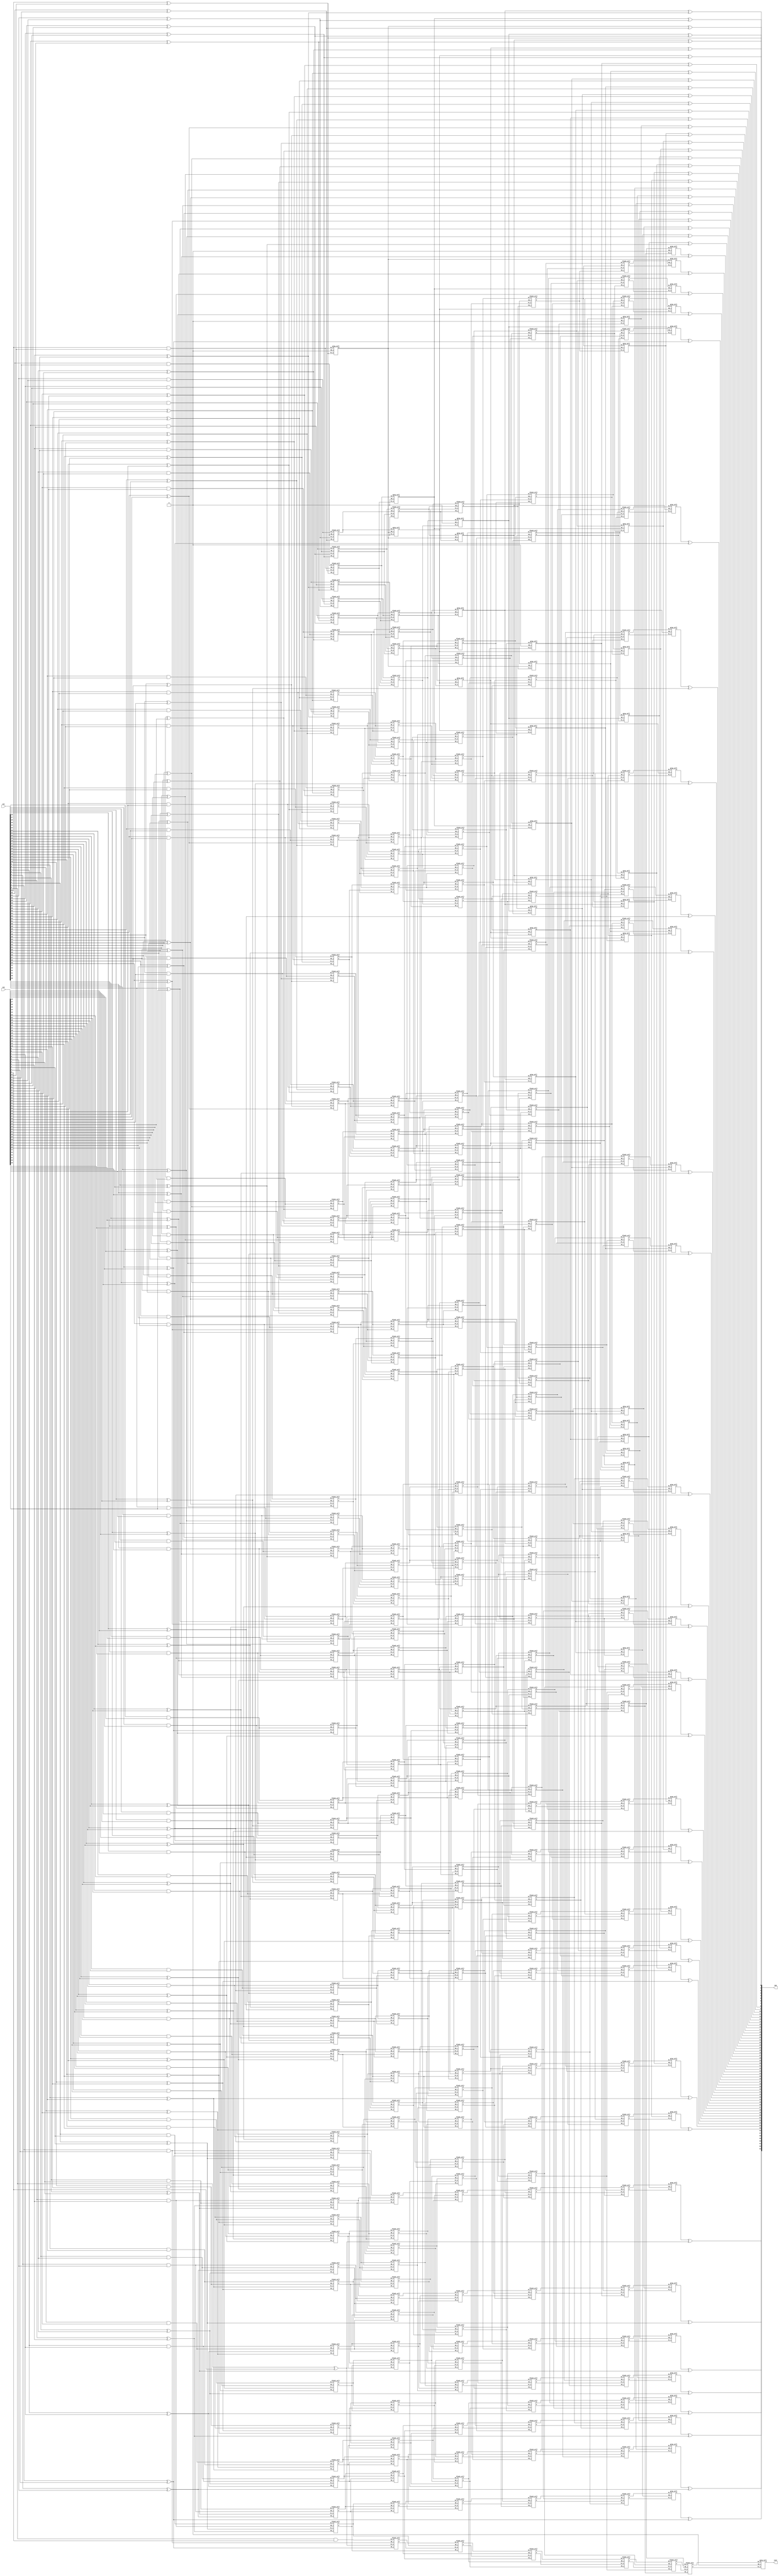
module kogge_stone_64(output [63:0] sum,
        output cout,
        input [63:0] in1,
        input [63:0] in2);

    /* 
     * Area: 3520.688503
     * Power: 1.1894mW
     * Timing: 0.68ns
     */

    assign cin = 0;
    wire[63:0] G_0;
    wire[63:0] P_0;
    wire[63:0] G_1;
    wire[63:0] P_1;
    wire[63:0] G_2;
    wire[63:0] P_2;
    wire[63:0] G_3;
    wire[63:0] P_3;
    wire[63:0] G_4;
    wire[63:0] P_4;
    wire[63:0] G_5;
    wire[63:0] P_5;
    wire[63:0] G_6;
    wire[63:0] P_6;
    wire[63:0] G_7;
    wire[63:0] P_7;

    assign G_0[0] = in1[63] & in2[63];
    assign P_0[0] = in1[63] ^ in2[63];
    assign G_0[1] = in1[62] & in2[62];
    assign P_0[1] = in1[62] ^ in2[62];
    assign G_0[2] = in1[61] & in2[61];
    assign P_0[2] = in1[61] ^ in2[61];
    assign G_0[3] = in1[60] & in2[60];
    assign P_0[3] = in1[60] ^ in2[60];
    assign G_0[4] = in1[59] & in2[59];
    assign P_0[4] = in1[59] ^ in2[59];
    assign G_0[5] = in1[58] & in2[58];
    assign P_0[5] = in1[58] ^ in2[58];
    assign G_0[6] = in1[57] & in2[57];
    assign P_0[6] = in1[57] ^ in2[57];
    assign G_0[7] = in1[56] & in2[56];
    assign P_0[7] = in1[56] ^ in2[56];
    assign G_0[8] = in1[55] & in2[55];
    assign P_0[8] = in1[55] ^ in2[55];
    assign G_0[9] = in1[54] & in2[54];
    assign P_0[9] = in1[54] ^ in2[54];
    assign G_0[10] = in1[53] & in2[53];
    assign P_0[10] = in1[53] ^ in2[53];
    assign G_0[11] = in1[52] & in2[52];
    assign P_0[11] = in1[52] ^ in2[52];
    assign G_0[12] = in1[51] & in2[51];
    assign P_0[12] = in1[51] ^ in2[51];
    assign G_0[13] = in1[50] & in2[50];
    assign P_0[13] = in1[50] ^ in2[50];
    assign G_0[14] = in1[49] & in2[49];
    assign P_0[14] = in1[49] ^ in2[49];
    assign G_0[15] = in1[48] & in2[48];
    assign P_0[15] = in1[48] ^ in2[48];
    assign G_0[16] = in1[47] & in2[47];
    assign P_0[16] = in1[47] ^ in2[47];
    assign G_0[17] = in1[46] & in2[46];
    assign P_0[17] = in1[46] ^ in2[46];
    assign G_0[18] = in1[45] & in2[45];
    assign P_0[18] = in1[45] ^ in2[45];
    assign G_0[19] = in1[44] & in2[44];
    assign P_0[19] = in1[44] ^ in2[44];
    assign G_0[20] = in1[43] & in2[43];
    assign P_0[20] = in1[43] ^ in2[43];
    assign G_0[21] = in1[42] & in2[42];
    assign P_0[21] = in1[42] ^ in2[42];
    assign G_0[22] = in1[41] & in2[41];
    assign P_0[22] = in1[41] ^ in2[41];
    assign G_0[23] = in1[40] & in2[40];
    assign P_0[23] = in1[40] ^ in2[40];
    assign G_0[24] = in1[39] & in2[39];
    assign P_0[24] = in1[39] ^ in2[39];
    assign G_0[25] = in1[38] & in2[38];
    assign P_0[25] = in1[38] ^ in2[38];
    assign G_0[26] = in1[37] & in2[37];
    assign P_0[26] = in1[37] ^ in2[37];
    assign G_0[27] = in1[36] & in2[36];
    assign P_0[27] = in1[36] ^ in2[36];
    assign G_0[28] = in1[35] & in2[35];
    assign P_0[28] = in1[35] ^ in2[35];
    assign G_0[29] = in1[34] & in2[34];
    assign P_0[29] = in1[34] ^ in2[34];
    assign G_0[30] = in1[33] & in2[33];
    assign P_0[30] = in1[33] ^ in2[33];
    assign G_0[31] = in1[32] & in2[32];
    assign P_0[31] = in1[32] ^ in2[32];
    assign G_0[32] = in1[31] & in2[31];
    assign P_0[32] = in1[31] ^ in2[31];
    assign G_0[33] = in1[30] & in2[30];
    assign P_0[33] = in1[30] ^ in2[30];
    assign G_0[34] = in1[29] & in2[29];
    assign P_0[34] = in1[29] ^ in2[29];
    assign G_0[35] = in1[28] & in2[28];
    assign P_0[35] = in1[28] ^ in2[28];
    assign G_0[36] = in1[27] & in2[27];
    assign P_0[36] = in1[27] ^ in2[27];
    assign G_0[37] = in1[26] & in2[26];
    assign P_0[37] = in1[26] ^ in2[26];
    assign G_0[38] = in1[25] & in2[25];
    assign P_0[38] = in1[25] ^ in2[25];
    assign G_0[39] = in1[24] & in2[24];
    assign P_0[39] = in1[24] ^ in2[24];
    assign G_0[40] = in1[23] & in2[23];
    assign P_0[40] = in1[23] ^ in2[23];
    assign G_0[41] = in1[22] & in2[22];
    assign P_0[41] = in1[22] ^ in2[22];
    assign G_0[42] = in1[21] & in2[21];
    assign P_0[42] = in1[21] ^ in2[21];
    assign G_0[43] = in1[20] & in2[20];
    assign P_0[43] = in1[20] ^ in2[20];
    assign G_0[44] = in1[19] & in2[19];
    assign P_0[44] = in1[19] ^ in2[19];
    assign G_0[45] = in1[18] & in2[18];
    assign P_0[45] = in1[18] ^ in2[18];
    assign G_0[46] = in1[17] & in2[17];
    assign P_0[46] = in1[17] ^ in2[17];
    assign G_0[47] = in1[16] & in2[16];
    assign P_0[47] = in1[16] ^ in2[16];
    assign G_0[48] = in1[15] & in2[15];
    assign P_0[48] = in1[15] ^ in2[15];
    assign G_0[49] = in1[14] & in2[14];
    assign P_0[49] = in1[14] ^ in2[14];
    assign G_0[50] = in1[13] & in2[13];
    assign P_0[50] = in1[13] ^ in2[13];
    assign G_0[51] = in1[12] & in2[12];
    assign P_0[51] = in1[12] ^ in2[12];
    assign G_0[52] = in1[11] & in2[11];
    assign P_0[52] = in1[11] ^ in2[11];
    assign G_0[53] = in1[10] & in2[10];
    assign P_0[53] = in1[10] ^ in2[10];
    assign G_0[54] = in1[9] & in2[9];
    assign P_0[54] = in1[9] ^ in2[9];
    assign G_0[55] = in1[8] & in2[8];
    assign P_0[55] = in1[8] ^ in2[8];
    assign G_0[56] = in1[7] & in2[7];
    assign P_0[56] = in1[7] ^ in2[7];
    assign G_0[57] = in1[6] & in2[6];
    assign P_0[57] = in1[6] ^ in2[6];
    assign G_0[58] = in1[5] & in2[5];
    assign P_0[58] = in1[5] ^ in2[5];
    assign G_0[59] = in1[4] & in2[4];
    assign P_0[59] = in1[4] ^ in2[4];
    assign G_0[60] = in1[3] & in2[3];
    assign P_0[60] = in1[3] ^ in2[3];
    assign G_0[61] = in1[2] & in2[2];
    assign P_0[61] = in1[2] ^ in2[2];
    assign G_0[62] = in1[1] & in2[1];
    assign P_0[62] = in1[1] ^ in2[1];
    assign G_0[63] = in1[0] & in2[0];
    assign P_0[63] = in1[0] ^ in2[0];



    /*Stage 1*/
    gray_cell level_1_0(cin, P_0[0], G_0[0], G_1[0]);
    black_cell level_0_1(G_0[0], P_0[1], G_0[1], P_0[0], G_1[1], P_1[1]);
    black_cell level_0_2(G_0[1], P_0[2], G_0[2], P_0[1], G_1[2], P_1[2]);
    black_cell level_0_3(G_0[2], P_0[3], G_0[3], P_0[2], G_1[3], P_1[3]);
    black_cell level_0_4(G_0[3], P_0[4], G_0[4], P_0[3], G_1[4], P_1[4]);
    black_cell level_0_5(G_0[4], P_0[5], G_0[5], P_0[4], G_1[5], P_1[5]);
    black_cell level_0_6(G_0[5], P_0[6], G_0[6], P_0[5], G_1[6], P_1[6]);
    black_cell level_0_7(G_0[6], P_0[7], G_0[7], P_0[6], G_1[7], P_1[7]);
    black_cell level_0_8(G_0[7], P_0[8], G_0[8], P_0[7], G_1[8], P_1[8]);
    black_cell level_0_9(G_0[8], P_0[9], G_0[9], P_0[8], G_1[9], P_1[9]);
    black_cell level_0_10(G_0[9], P_0[10], G_0[10], P_0[9], G_1[10], P_1[10]);
    black_cell level_0_11(G_0[10], P_0[11], G_0[11], P_0[10], G_1[11], P_1[11]);
    black_cell level_0_12(G_0[11], P_0[12], G_0[12], P_0[11], G_1[12], P_1[12]);
    black_cell level_0_13(G_0[12], P_0[13], G_0[13], P_0[12], G_1[13], P_1[13]);
    black_cell level_0_14(G_0[13], P_0[14], G_0[14], P_0[13], G_1[14], P_1[14]);
    black_cell level_0_15(G_0[14], P_0[15], G_0[15], P_0[14], G_1[15], P_1[15]);
    black_cell level_0_16(G_0[15], P_0[16], G_0[16], P_0[15], G_1[16], P_1[16]);
    black_cell level_0_17(G_0[16], P_0[17], G_0[17], P_0[16], G_1[17], P_1[17]);
    black_cell level_0_18(G_0[17], P_0[18], G_0[18], P_0[17], G_1[18], P_1[18]);
    black_cell level_0_19(G_0[18], P_0[19], G_0[19], P_0[18], G_1[19], P_1[19]);
    black_cell level_0_20(G_0[19], P_0[20], G_0[20], P_0[19], G_1[20], P_1[20]);
    black_cell level_0_21(G_0[20], P_0[21], G_0[21], P_0[20], G_1[21], P_1[21]);
    black_cell level_0_22(G_0[21], P_0[22], G_0[22], P_0[21], G_1[22], P_1[22]);
    black_cell level_0_23(G_0[22], P_0[23], G_0[23], P_0[22], G_1[23], P_1[23]);
    black_cell level_0_24(G_0[23], P_0[24], G_0[24], P_0[23], G_1[24], P_1[24]);
    black_cell level_0_25(G_0[24], P_0[25], G_0[25], P_0[24], G_1[25], P_1[25]);
    black_cell level_0_26(G_0[25], P_0[26], G_0[26], P_0[25], G_1[26], P_1[26]);
    black_cell level_0_27(G_0[26], P_0[27], G_0[27], P_0[26], G_1[27], P_1[27]);
    black_cell level_0_28(G_0[27], P_0[28], G_0[28], P_0[27], G_1[28], P_1[28]);
    black_cell level_0_29(G_0[28], P_0[29], G_0[29], P_0[28], G_1[29], P_1[29]);
    black_cell level_0_30(G_0[29], P_0[30], G_0[30], P_0[29], G_1[30], P_1[30]);
    black_cell level_0_31(G_0[30], P_0[31], G_0[31], P_0[30], G_1[31], P_1[31]);
    black_cell level_0_32(G_0[31], P_0[32], G_0[32], P_0[31], G_1[32], P_1[32]);
    black_cell level_0_33(G_0[32], P_0[33], G_0[33], P_0[32], G_1[33], P_1[33]);
    black_cell level_0_34(G_0[33], P_0[34], G_0[34], P_0[33], G_1[34], P_1[34]);
    black_cell level_0_35(G_0[34], P_0[35], G_0[35], P_0[34], G_1[35], P_1[35]);
    black_cell level_0_36(G_0[35], P_0[36], G_0[36], P_0[35], G_1[36], P_1[36]);
    black_cell level_0_37(G_0[36], P_0[37], G_0[37], P_0[36], G_1[37], P_1[37]);
    black_cell level_0_38(G_0[37], P_0[38], G_0[38], P_0[37], G_1[38], P_1[38]);
    black_cell level_0_39(G_0[38], P_0[39], G_0[39], P_0[38], G_1[39], P_1[39]);
    black_cell level_0_40(G_0[39], P_0[40], G_0[40], P_0[39], G_1[40], P_1[40]);
    black_cell level_0_41(G_0[40], P_0[41], G_0[41], P_0[40], G_1[41], P_1[41]);
    black_cell level_0_42(G_0[41], P_0[42], G_0[42], P_0[41], G_1[42], P_1[42]);
    black_cell level_0_43(G_0[42], P_0[43], G_0[43], P_0[42], G_1[43], P_1[43]);
    black_cell level_0_44(G_0[43], P_0[44], G_0[44], P_0[43], G_1[44], P_1[44]);
    black_cell level_0_45(G_0[44], P_0[45], G_0[45], P_0[44], G_1[45], P_1[45]);
    black_cell level_0_46(G_0[45], P_0[46], G_0[46], P_0[45], G_1[46], P_1[46]);
    black_cell level_0_47(G_0[46], P_0[47], G_0[47], P_0[46], G_1[47], P_1[47]);
    black_cell level_0_48(G_0[47], P_0[48], G_0[48], P_0[47], G_1[48], P_1[48]);
    black_cell level_0_49(G_0[48], P_0[49], G_0[49], P_0[48], G_1[49], P_1[49]);
    black_cell level_0_50(G_0[49], P_0[50], G_0[50], P_0[49], G_1[50], P_1[50]);
    black_cell level_0_51(G_0[50], P_0[51], G_0[51], P_0[50], G_1[51], P_1[51]);
    black_cell level_0_52(G_0[51], P_0[52], G_0[52], P_0[51], G_1[52], P_1[52]);
    black_cell level_0_53(G_0[52], P_0[53], G_0[53], P_0[52], G_1[53], P_1[53]);
    black_cell level_0_54(G_0[53], P_0[54], G_0[54], P_0[53], G_1[54], P_1[54]);
    black_cell level_0_55(G_0[54], P_0[55], G_0[55], P_0[54], G_1[55], P_1[55]);
    black_cell level_0_56(G_0[55], P_0[56], G_0[56], P_0[55], G_1[56], P_1[56]);
    black_cell level_0_57(G_0[56], P_0[57], G_0[57], P_0[56], G_1[57], P_1[57]);
    black_cell level_0_58(G_0[57], P_0[58], G_0[58], P_0[57], G_1[58], P_1[58]);
    black_cell level_0_59(G_0[58], P_0[59], G_0[59], P_0[58], G_1[59], P_1[59]);
    black_cell level_0_60(G_0[59], P_0[60], G_0[60], P_0[59], G_1[60], P_1[60]);
    black_cell level_0_61(G_0[60], P_0[61], G_0[61], P_0[60], G_1[61], P_1[61]);
    black_cell level_0_62(G_0[61], P_0[62], G_0[62], P_0[61], G_1[62], P_1[62]);
    black_cell level_0_63(G_0[62], P_0[63], G_0[63], P_0[62], G_1[63], P_1[63]);

    /*Stage 2*/
    gray_cell level_2_1(cin, P_1[1], G_1[1], G_2[1]);
    gray_cell level_2_2(G_1[0], P_1[2], G_1[2], G_2[2]);
    black_cell level_1_3(G_1[1], P_1[3], G_1[3], P_1[1], G_2[3], P_2[3]);
    black_cell level_1_4(G_1[2], P_1[4], G_1[4], P_1[2], G_2[4], P_2[4]);
    black_cell level_1_5(G_1[3], P_1[5], G_1[5], P_1[3], G_2[5], P_2[5]);
    black_cell level_1_6(G_1[4], P_1[6], G_1[6], P_1[4], G_2[6], P_2[6]);
    black_cell level_1_7(G_1[5], P_1[7], G_1[7], P_1[5], G_2[7], P_2[7]);
    black_cell level_1_8(G_1[6], P_1[8], G_1[8], P_1[6], G_2[8], P_2[8]);
    black_cell level_1_9(G_1[7], P_1[9], G_1[9], P_1[7], G_2[9], P_2[9]);
    black_cell level_1_10(G_1[8], P_1[10], G_1[10], P_1[8], G_2[10], P_2[10]);
    black_cell level_1_11(G_1[9], P_1[11], G_1[11], P_1[9], G_2[11], P_2[11]);
    black_cell level_1_12(G_1[10], P_1[12], G_1[12], P_1[10], G_2[12], P_2[12]);
    black_cell level_1_13(G_1[11], P_1[13], G_1[13], P_1[11], G_2[13], P_2[13]);
    black_cell level_1_14(G_1[12], P_1[14], G_1[14], P_1[12], G_2[14], P_2[14]);
    black_cell level_1_15(G_1[13], P_1[15], G_1[15], P_1[13], G_2[15], P_2[15]);
    black_cell level_1_16(G_1[14], P_1[16], G_1[16], P_1[14], G_2[16], P_2[16]);
    black_cell level_1_17(G_1[15], P_1[17], G_1[17], P_1[15], G_2[17], P_2[17]);
    black_cell level_1_18(G_1[16], P_1[18], G_1[18], P_1[16], G_2[18], P_2[18]);
    black_cell level_1_19(G_1[17], P_1[19], G_1[19], P_1[17], G_2[19], P_2[19]);
    black_cell level_1_20(G_1[18], P_1[20], G_1[20], P_1[18], G_2[20], P_2[20]);
    black_cell level_1_21(G_1[19], P_1[21], G_1[21], P_1[19], G_2[21], P_2[21]);
    black_cell level_1_22(G_1[20], P_1[22], G_1[22], P_1[20], G_2[22], P_2[22]);
    black_cell level_1_23(G_1[21], P_1[23], G_1[23], P_1[21], G_2[23], P_2[23]);
    black_cell level_1_24(G_1[22], P_1[24], G_1[24], P_1[22], G_2[24], P_2[24]);
    black_cell level_1_25(G_1[23], P_1[25], G_1[25], P_1[23], G_2[25], P_2[25]);
    black_cell level_1_26(G_1[24], P_1[26], G_1[26], P_1[24], G_2[26], P_2[26]);
    black_cell level_1_27(G_1[25], P_1[27], G_1[27], P_1[25], G_2[27], P_2[27]);
    black_cell level_1_28(G_1[26], P_1[28], G_1[28], P_1[26], G_2[28], P_2[28]);
    black_cell level_1_29(G_1[27], P_1[29], G_1[29], P_1[27], G_2[29], P_2[29]);
    black_cell level_1_30(G_1[28], P_1[30], G_1[30], P_1[28], G_2[30], P_2[30]);
    black_cell level_1_31(G_1[29], P_1[31], G_1[31], P_1[29], G_2[31], P_2[31]);
    black_cell level_1_32(G_1[30], P_1[32], G_1[32], P_1[30], G_2[32], P_2[32]);
    black_cell level_1_33(G_1[31], P_1[33], G_1[33], P_1[31], G_2[33], P_2[33]);
    black_cell level_1_34(G_1[32], P_1[34], G_1[34], P_1[32], G_2[34], P_2[34]);
    black_cell level_1_35(G_1[33], P_1[35], G_1[35], P_1[33], G_2[35], P_2[35]);
    black_cell level_1_36(G_1[34], P_1[36], G_1[36], P_1[34], G_2[36], P_2[36]);
    black_cell level_1_37(G_1[35], P_1[37], G_1[37], P_1[35], G_2[37], P_2[37]);
    black_cell level_1_38(G_1[36], P_1[38], G_1[38], P_1[36], G_2[38], P_2[38]);
    black_cell level_1_39(G_1[37], P_1[39], G_1[39], P_1[37], G_2[39], P_2[39]);
    black_cell level_1_40(G_1[38], P_1[40], G_1[40], P_1[38], G_2[40], P_2[40]);
    black_cell level_1_41(G_1[39], P_1[41], G_1[41], P_1[39], G_2[41], P_2[41]);
    black_cell level_1_42(G_1[40], P_1[42], G_1[42], P_1[40], G_2[42], P_2[42]);
    black_cell level_1_43(G_1[41], P_1[43], G_1[43], P_1[41], G_2[43], P_2[43]);
    black_cell level_1_44(G_1[42], P_1[44], G_1[44], P_1[42], G_2[44], P_2[44]);
    black_cell level_1_45(G_1[43], P_1[45], G_1[45], P_1[43], G_2[45], P_2[45]);
    black_cell level_1_46(G_1[44], P_1[46], G_1[46], P_1[44], G_2[46], P_2[46]);
    black_cell level_1_47(G_1[45], P_1[47], G_1[47], P_1[45], G_2[47], P_2[47]);
    black_cell level_1_48(G_1[46], P_1[48], G_1[48], P_1[46], G_2[48], P_2[48]);
    black_cell level_1_49(G_1[47], P_1[49], G_1[49], P_1[47], G_2[49], P_2[49]);
    black_cell level_1_50(G_1[48], P_1[50], G_1[50], P_1[48], G_2[50], P_2[50]);
    black_cell level_1_51(G_1[49], P_1[51], G_1[51], P_1[49], G_2[51], P_2[51]);
    black_cell level_1_52(G_1[50], P_1[52], G_1[52], P_1[50], G_2[52], P_2[52]);
    black_cell level_1_53(G_1[51], P_1[53], G_1[53], P_1[51], G_2[53], P_2[53]);
    black_cell level_1_54(G_1[52], P_1[54], G_1[54], P_1[52], G_2[54], P_2[54]);
    black_cell level_1_55(G_1[53], P_1[55], G_1[55], P_1[53], G_2[55], P_2[55]);
    black_cell level_1_56(G_1[54], P_1[56], G_1[56], P_1[54], G_2[56], P_2[56]);
    black_cell level_1_57(G_1[55], P_1[57], G_1[57], P_1[55], G_2[57], P_2[57]);
    black_cell level_1_58(G_1[56], P_1[58], G_1[58], P_1[56], G_2[58], P_2[58]);
    black_cell level_1_59(G_1[57], P_1[59], G_1[59], P_1[57], G_2[59], P_2[59]);
    black_cell level_1_60(G_1[58], P_1[60], G_1[60], P_1[58], G_2[60], P_2[60]);
    black_cell level_1_61(G_1[59], P_1[61], G_1[61], P_1[59], G_2[61], P_2[61]);
    black_cell level_1_62(G_1[60], P_1[62], G_1[62], P_1[60], G_2[62], P_2[62]);
    black_cell level_1_63(G_1[61], P_1[63], G_1[63], P_1[61], G_2[63], P_2[63]);

    /*Stage 3*/
    gray_cell level_3_3(cin, P_2[3], G_2[3], G_3[3]);
    gray_cell level_3_4(G_1[0], P_2[4], G_2[4], G_3[4]);
    gray_cell level_3_5(G_2[1], P_2[5], G_2[5], G_3[5]);
    gray_cell level_3_6(G_2[2], P_2[6], G_2[6], G_3[6]);
    black_cell level_2_7(G_2[3], P_2[7], G_2[7], P_2[3], G_3[7], P_3[7]);
    black_cell level_2_8(G_2[4], P_2[8], G_2[8], P_2[4], G_3[8], P_3[8]);
    black_cell level_2_9(G_2[5], P_2[9], G_2[9], P_2[5], G_3[9], P_3[9]);
    black_cell level_2_10(G_2[6], P_2[10], G_2[10], P_2[6], G_3[10], P_3[10]);
    black_cell level_2_11(G_2[7], P_2[11], G_2[11], P_2[7], G_3[11], P_3[11]);
    black_cell level_2_12(G_2[8], P_2[12], G_2[12], P_2[8], G_3[12], P_3[12]);
    black_cell level_2_13(G_2[9], P_2[13], G_2[13], P_2[9], G_3[13], P_3[13]);
    black_cell level_2_14(G_2[10], P_2[14], G_2[14], P_2[10], G_3[14], P_3[14]);
    black_cell level_2_15(G_2[11], P_2[15], G_2[15], P_2[11], G_3[15], P_3[15]);
    black_cell level_2_16(G_2[12], P_2[16], G_2[16], P_2[12], G_3[16], P_3[16]);
    black_cell level_2_17(G_2[13], P_2[17], G_2[17], P_2[13], G_3[17], P_3[17]);
    black_cell level_2_18(G_2[14], P_2[18], G_2[18], P_2[14], G_3[18], P_3[18]);
    black_cell level_2_19(G_2[15], P_2[19], G_2[19], P_2[15], G_3[19], P_3[19]);
    black_cell level_2_20(G_2[16], P_2[20], G_2[20], P_2[16], G_3[20], P_3[20]);
    black_cell level_2_21(G_2[17], P_2[21], G_2[21], P_2[17], G_3[21], P_3[21]);
    black_cell level_2_22(G_2[18], P_2[22], G_2[22], P_2[18], G_3[22], P_3[22]);
    black_cell level_2_23(G_2[19], P_2[23], G_2[23], P_2[19], G_3[23], P_3[23]);
    black_cell level_2_24(G_2[20], P_2[24], G_2[24], P_2[20], G_3[24], P_3[24]);
    black_cell level_2_25(G_2[21], P_2[25], G_2[25], P_2[21], G_3[25], P_3[25]);
    black_cell level_2_26(G_2[22], P_2[26], G_2[26], P_2[22], G_3[26], P_3[26]);
    black_cell level_2_27(G_2[23], P_2[27], G_2[27], P_2[23], G_3[27], P_3[27]);
    black_cell level_2_28(G_2[24], P_2[28], G_2[28], P_2[24], G_3[28], P_3[28]);
    black_cell level_2_29(G_2[25], P_2[29], G_2[29], P_2[25], G_3[29], P_3[29]);
    black_cell level_2_30(G_2[26], P_2[30], G_2[30], P_2[26], G_3[30], P_3[30]);
    black_cell level_2_31(G_2[27], P_2[31], G_2[31], P_2[27], G_3[31], P_3[31]);
    black_cell level_2_32(G_2[28], P_2[32], G_2[32], P_2[28], G_3[32], P_3[32]);
    black_cell level_2_33(G_2[29], P_2[33], G_2[33], P_2[29], G_3[33], P_3[33]);
    black_cell level_2_34(G_2[30], P_2[34], G_2[34], P_2[30], G_3[34], P_3[34]);
    black_cell level_2_35(G_2[31], P_2[35], G_2[35], P_2[31], G_3[35], P_3[35]);
    black_cell level_2_36(G_2[32], P_2[36], G_2[36], P_2[32], G_3[36], P_3[36]);
    black_cell level_2_37(G_2[33], P_2[37], G_2[37], P_2[33], G_3[37], P_3[37]);
    black_cell level_2_38(G_2[34], P_2[38], G_2[38], P_2[34], G_3[38], P_3[38]);
    black_cell level_2_39(G_2[35], P_2[39], G_2[39], P_2[35], G_3[39], P_3[39]);
    black_cell level_2_40(G_2[36], P_2[40], G_2[40], P_2[36], G_3[40], P_3[40]);
    black_cell level_2_41(G_2[37], P_2[41], G_2[41], P_2[37], G_3[41], P_3[41]);
    black_cell level_2_42(G_2[38], P_2[42], G_2[42], P_2[38], G_3[42], P_3[42]);
    black_cell level_2_43(G_2[39], P_2[43], G_2[43], P_2[39], G_3[43], P_3[43]);
    black_cell level_2_44(G_2[40], P_2[44], G_2[44], P_2[40], G_3[44], P_3[44]);
    black_cell level_2_45(G_2[41], P_2[45], G_2[45], P_2[41], G_3[45], P_3[45]);
    black_cell level_2_46(G_2[42], P_2[46], G_2[46], P_2[42], G_3[46], P_3[46]);
    black_cell level_2_47(G_2[43], P_2[47], G_2[47], P_2[43], G_3[47], P_3[47]);
    black_cell level_2_48(G_2[44], P_2[48], G_2[48], P_2[44], G_3[48], P_3[48]);
    black_cell level_2_49(G_2[45], P_2[49], G_2[49], P_2[45], G_3[49], P_3[49]);
    black_cell level_2_50(G_2[46], P_2[50], G_2[50], P_2[46], G_3[50], P_3[50]);
    black_cell level_2_51(G_2[47], P_2[51], G_2[51], P_2[47], G_3[51], P_3[51]);
    black_cell level_2_52(G_2[48], P_2[52], G_2[52], P_2[48], G_3[52], P_3[52]);
    black_cell level_2_53(G_2[49], P_2[53], G_2[53], P_2[49], G_3[53], P_3[53]);
    black_cell level_2_54(G_2[50], P_2[54], G_2[54], P_2[50], G_3[54], P_3[54]);
    black_cell level_2_55(G_2[51], P_2[55], G_2[55], P_2[51], G_3[55], P_3[55]);
    black_cell level_2_56(G_2[52], P_2[56], G_2[56], P_2[52], G_3[56], P_3[56]);
    black_cell level_2_57(G_2[53], P_2[57], G_2[57], P_2[53], G_3[57], P_3[57]);
    black_cell level_2_58(G_2[54], P_2[58], G_2[58], P_2[54], G_3[58], P_3[58]);
    black_cell level_2_59(G_2[55], P_2[59], G_2[59], P_2[55], G_3[59], P_3[59]);
    black_cell level_2_60(G_2[56], P_2[60], G_2[60], P_2[56], G_3[60], P_3[60]);
    black_cell level_2_61(G_2[57], P_2[61], G_2[61], P_2[57], G_3[61], P_3[61]);
    black_cell level_2_62(G_2[58], P_2[62], G_2[62], P_2[58], G_3[62], P_3[62]);
    black_cell level_2_63(G_2[59], P_2[63], G_2[63], P_2[59], G_3[63], P_3[63]);

    /*Stage 4*/
    gray_cell level_4_7(cin, P_3[7], G_3[7], G_4[7]);
    gray_cell level_4_8(G_1[0], P_3[8], G_3[8], G_4[8]);
    gray_cell level_4_9(G_2[1], P_3[9], G_3[9], G_4[9]);
    gray_cell level_4_10(G_2[2], P_3[10], G_3[10], G_4[10]);
    gray_cell level_4_11(G_3[3], P_3[11], G_3[11], G_4[11]);
    gray_cell level_4_12(G_3[4], P_3[12], G_3[12], G_4[12]);
    gray_cell level_4_13(G_3[5], P_3[13], G_3[13], G_4[13]);
    gray_cell level_4_14(G_3[6], P_3[14], G_3[14], G_4[14]);
    black_cell level_3_15(G_3[7], P_3[15], G_3[15], P_3[7], G_4[15], P_4[15]);
    black_cell level_3_16(G_3[8], P_3[16], G_3[16], P_3[8], G_4[16], P_4[16]);
    black_cell level_3_17(G_3[9], P_3[17], G_3[17], P_3[9], G_4[17], P_4[17]);
    black_cell level_3_18(G_3[10], P_3[18], G_3[18], P_3[10], G_4[18], P_4[18]);
    black_cell level_3_19(G_3[11], P_3[19], G_3[19], P_3[11], G_4[19], P_4[19]);
    black_cell level_3_20(G_3[12], P_3[20], G_3[20], P_3[12], G_4[20], P_4[20]);
    black_cell level_3_21(G_3[13], P_3[21], G_3[21], P_3[13], G_4[21], P_4[21]);
    black_cell level_3_22(G_3[14], P_3[22], G_3[22], P_3[14], G_4[22], P_4[22]);
    black_cell level_3_23(G_3[15], P_3[23], G_3[23], P_3[15], G_4[23], P_4[23]);
    black_cell level_3_24(G_3[16], P_3[24], G_3[24], P_3[16], G_4[24], P_4[24]);
    black_cell level_3_25(G_3[17], P_3[25], G_3[25], P_3[17], G_4[25], P_4[25]);
    black_cell level_3_26(G_3[18], P_3[26], G_3[26], P_3[18], G_4[26], P_4[26]);
    black_cell level_3_27(G_3[19], P_3[27], G_3[27], P_3[19], G_4[27], P_4[27]);
    black_cell level_3_28(G_3[20], P_3[28], G_3[28], P_3[20], G_4[28], P_4[28]);
    black_cell level_3_29(G_3[21], P_3[29], G_3[29], P_3[21], G_4[29], P_4[29]);
    black_cell level_3_30(G_3[22], P_3[30], G_3[30], P_3[22], G_4[30], P_4[30]);
    black_cell level_3_31(G_3[23], P_3[31], G_3[31], P_3[23], G_4[31], P_4[31]);
    black_cell level_3_32(G_3[24], P_3[32], G_3[32], P_3[24], G_4[32], P_4[32]);
    black_cell level_3_33(G_3[25], P_3[33], G_3[33], P_3[25], G_4[33], P_4[33]);
    black_cell level_3_34(G_3[26], P_3[34], G_3[34], P_3[26], G_4[34], P_4[34]);
    black_cell level_3_35(G_3[27], P_3[35], G_3[35], P_3[27], G_4[35], P_4[35]);
    black_cell level_3_36(G_3[28], P_3[36], G_3[36], P_3[28], G_4[36], P_4[36]);
    black_cell level_3_37(G_3[29], P_3[37], G_3[37], P_3[29], G_4[37], P_4[37]);
    black_cell level_3_38(G_3[30], P_3[38], G_3[38], P_3[30], G_4[38], P_4[38]);
    black_cell level_3_39(G_3[31], P_3[39], G_3[39], P_3[31], G_4[39], P_4[39]);
    black_cell level_3_40(G_3[32], P_3[40], G_3[40], P_3[32], G_4[40], P_4[40]);
    black_cell level_3_41(G_3[33], P_3[41], G_3[41], P_3[33], G_4[41], P_4[41]);
    black_cell level_3_42(G_3[34], P_3[42], G_3[42], P_3[34], G_4[42], P_4[42]);
    black_cell level_3_43(G_3[35], P_3[43], G_3[43], P_3[35], G_4[43], P_4[43]);
    black_cell level_3_44(G_3[36], P_3[44], G_3[44], P_3[36], G_4[44], P_4[44]);
    black_cell level_3_45(G_3[37], P_3[45], G_3[45], P_3[37], G_4[45], P_4[45]);
    black_cell level_3_46(G_3[38], P_3[46], G_3[46], P_3[38], G_4[46], P_4[46]);
    black_cell level_3_47(G_3[39], P_3[47], G_3[47], P_3[39], G_4[47], P_4[47]);
    black_cell level_3_48(G_3[40], P_3[48], G_3[48], P_3[40], G_4[48], P_4[48]);
    black_cell level_3_49(G_3[41], P_3[49], G_3[49], P_3[41], G_4[49], P_4[49]);
    black_cell level_3_50(G_3[42], P_3[50], G_3[50], P_3[42], G_4[50], P_4[50]);
    black_cell level_3_51(G_3[43], P_3[51], G_3[51], P_3[43], G_4[51], P_4[51]);
    black_cell level_3_52(G_3[44], P_3[52], G_3[52], P_3[44], G_4[52], P_4[52]);
    black_cell level_3_53(G_3[45], P_3[53], G_3[53], P_3[45], G_4[53], P_4[53]);
    black_cell level_3_54(G_3[46], P_3[54], G_3[54], P_3[46], G_4[54], P_4[54]);
    black_cell level_3_55(G_3[47], P_3[55], G_3[55], P_3[47], G_4[55], P_4[55]);
    black_cell level_3_56(G_3[48], P_3[56], G_3[56], P_3[48], G_4[56], P_4[56]);
    black_cell level_3_57(G_3[49], P_3[57], G_3[57], P_3[49], G_4[57], P_4[57]);
    black_cell level_3_58(G_3[50], P_3[58], G_3[58], P_3[50], G_4[58], P_4[58]);
    black_cell level_3_59(G_3[51], P_3[59], G_3[59], P_3[51], G_4[59], P_4[59]);
    black_cell level_3_60(G_3[52], P_3[60], G_3[60], P_3[52], G_4[60], P_4[60]);
    black_cell level_3_61(G_3[53], P_3[61], G_3[61], P_3[53], G_4[61], P_4[61]);
    black_cell level_3_62(G_3[54], P_3[62], G_3[62], P_3[54], G_4[62], P_4[62]);
    black_cell level_3_63(G_3[55], P_3[63], G_3[63], P_3[55], G_4[63], P_4[63]);

    /*Stage 5*/
    gray_cell level_5_15(cin, P_4[15], G_4[15], G_5[15]);
    gray_cell level_5_16(G_1[0], P_4[16], G_4[16], G_5[16]);
    gray_cell level_5_17(G_2[1], P_4[17], G_4[17], G_5[17]);
    gray_cell level_5_18(G_2[2], P_4[18], G_4[18], G_5[18]);
    gray_cell level_5_19(G_3[3], P_4[19], G_4[19], G_5[19]);
    gray_cell level_5_20(G_3[4], P_4[20], G_4[20], G_5[20]);
    gray_cell level_5_21(G_3[5], P_4[21], G_4[21], G_5[21]);
    gray_cell level_5_22(G_3[6], P_4[22], G_4[22], G_5[22]);
    gray_cell level_5_23(G_4[7], P_4[23], G_4[23], G_5[23]);
    gray_cell level_5_24(G_4[8], P_4[24], G_4[24], G_5[24]);
    gray_cell level_5_25(G_4[9], P_4[25], G_4[25], G_5[25]);
    gray_cell level_5_26(G_4[10], P_4[26], G_4[26], G_5[26]);
    gray_cell level_5_27(G_4[11], P_4[27], G_4[27], G_5[27]);
    gray_cell level_5_28(G_4[12], P_4[28], G_4[28], G_5[28]);
    gray_cell level_5_29(G_4[13], P_4[29], G_4[29], G_5[29]);
    gray_cell level_5_30(G_4[14], P_4[30], G_4[30], G_5[30]);
    black_cell level_4_31(G_4[15], P_4[31], G_4[31], P_4[15], G_5[31], P_5[31]);
    black_cell level_4_32(G_4[16], P_4[32], G_4[32], P_4[16], G_5[32], P_5[32]);
    black_cell level_4_33(G_4[17], P_4[33], G_4[33], P_4[17], G_5[33], P_5[33]);
    black_cell level_4_34(G_4[18], P_4[34], G_4[34], P_4[18], G_5[34], P_5[34]);
    black_cell level_4_35(G_4[19], P_4[35], G_4[35], P_4[19], G_5[35], P_5[35]);
    black_cell level_4_36(G_4[20], P_4[36], G_4[36], P_4[20], G_5[36], P_5[36]);
    black_cell level_4_37(G_4[21], P_4[37], G_4[37], P_4[21], G_5[37], P_5[37]);
    black_cell level_4_38(G_4[22], P_4[38], G_4[38], P_4[22], G_5[38], P_5[38]);
    black_cell level_4_39(G_4[23], P_4[39], G_4[39], P_4[23], G_5[39], P_5[39]);
    black_cell level_4_40(G_4[24], P_4[40], G_4[40], P_4[24], G_5[40], P_5[40]);
    black_cell level_4_41(G_4[25], P_4[41], G_4[41], P_4[25], G_5[41], P_5[41]);
    black_cell level_4_42(G_4[26], P_4[42], G_4[42], P_4[26], G_5[42], P_5[42]);
    black_cell level_4_43(G_4[27], P_4[43], G_4[43], P_4[27], G_5[43], P_5[43]);
    black_cell level_4_44(G_4[28], P_4[44], G_4[44], P_4[28], G_5[44], P_5[44]);
    black_cell level_4_45(G_4[29], P_4[45], G_4[45], P_4[29], G_5[45], P_5[45]);
    black_cell level_4_46(G_4[30], P_4[46], G_4[46], P_4[30], G_5[46], P_5[46]);
    black_cell level_4_47(G_4[31], P_4[47], G_4[47], P_4[31], G_5[47], P_5[47]);
    black_cell level_4_48(G_4[32], P_4[48], G_4[48], P_4[32], G_5[48], P_5[48]);
    black_cell level_4_49(G_4[33], P_4[49], G_4[49], P_4[33], G_5[49], P_5[49]);
    black_cell level_4_50(G_4[34], P_4[50], G_4[50], P_4[34], G_5[50], P_5[50]);
    black_cell level_4_51(G_4[35], P_4[51], G_4[51], P_4[35], G_5[51], P_5[51]);
    black_cell level_4_52(G_4[36], P_4[52], G_4[52], P_4[36], G_5[52], P_5[52]);
    black_cell level_4_53(G_4[37], P_4[53], G_4[53], P_4[37], G_5[53], P_5[53]);
    black_cell level_4_54(G_4[38], P_4[54], G_4[54], P_4[38], G_5[54], P_5[54]);
    black_cell level_4_55(G_4[39], P_4[55], G_4[55], P_4[39], G_5[55], P_5[55]);
    black_cell level_4_56(G_4[40], P_4[56], G_4[56], P_4[40], G_5[56], P_5[56]);
    black_cell level_4_57(G_4[41], P_4[57], G_4[57], P_4[41], G_5[57], P_5[57]);
    black_cell level_4_58(G_4[42], P_4[58], G_4[58], P_4[42], G_5[58], P_5[58]);
    black_cell level_4_59(G_4[43], P_4[59], G_4[59], P_4[43], G_5[59], P_5[59]);
    black_cell level_4_60(G_4[44], P_4[60], G_4[60], P_4[44], G_5[60], P_5[60]);
    black_cell level_4_61(G_4[45], P_4[61], G_4[61], P_4[45], G_5[61], P_5[61]);
    black_cell level_4_62(G_4[46], P_4[62], G_4[62], P_4[46], G_5[62], P_5[62]);
    black_cell level_4_63(G_4[47], P_4[63], G_4[63], P_4[47], G_5[63], P_5[63]);

    /*Stage 6*/
    gray_cell level_6_31(cin, P_5[31], G_5[31], G_6[31]);
    gray_cell level_6_32(G_1[0], P_5[32], G_5[32], G_6[32]);
    gray_cell level_6_33(G_2[1], P_5[33], G_5[33], G_6[33]);
    gray_cell level_6_34(G_2[2], P_5[34], G_5[34], G_6[34]);
    gray_cell level_6_35(G_3[3], P_5[35], G_5[35], G_6[35]);
    gray_cell level_6_36(G_3[4], P_5[36], G_5[36], G_6[36]);
    gray_cell level_6_37(G_3[5], P_5[37], G_5[37], G_6[37]);
    gray_cell level_6_38(G_3[6], P_5[38], G_5[38], G_6[38]);
    gray_cell level_6_39(G_4[7], P_5[39], G_5[39], G_6[39]);
    gray_cell level_6_40(G_4[8], P_5[40], G_5[40], G_6[40]);
    gray_cell level_6_41(G_4[9], P_5[41], G_5[41], G_6[41]);
    gray_cell level_6_42(G_4[10], P_5[42], G_5[42], G_6[42]);
    gray_cell level_6_43(G_4[11], P_5[43], G_5[43], G_6[43]);
    gray_cell level_6_44(G_4[12], P_5[44], G_5[44], G_6[44]);
    gray_cell level_6_45(G_4[13], P_5[45], G_5[45], G_6[45]);
    gray_cell level_6_46(G_4[14], P_5[46], G_5[46], G_6[46]);
    gray_cell level_6_47(G_5[15], P_5[47], G_5[47], G_6[47]);
    gray_cell level_6_48(G_5[16], P_5[48], G_5[48], G_6[48]);
    gray_cell level_6_49(G_5[17], P_5[49], G_5[49], G_6[49]);
    gray_cell level_6_50(G_5[18], P_5[50], G_5[50], G_6[50]);
    gray_cell level_6_51(G_5[19], P_5[51], G_5[51], G_6[51]);
    gray_cell level_6_52(G_5[20], P_5[52], G_5[52], G_6[52]);
    gray_cell level_6_53(G_5[21], P_5[53], G_5[53], G_6[53]);
    gray_cell level_6_54(G_5[22], P_5[54], G_5[54], G_6[54]);
    gray_cell level_6_55(G_5[23], P_5[55], G_5[55], G_6[55]);
    gray_cell level_6_56(G_5[24], P_5[56], G_5[56], G_6[56]);
    gray_cell level_6_57(G_5[25], P_5[57], G_5[57], G_6[57]);
    gray_cell level_6_58(G_5[26], P_5[58], G_5[58], G_6[58]);
    gray_cell level_6_59(G_5[27], P_5[59], G_5[59], G_6[59]);
    gray_cell level_6_60(G_5[28], P_5[60], G_5[60], G_6[60]);
    gray_cell level_6_61(G_5[29], P_5[61], G_5[61], G_6[61]);
    gray_cell level_6_62(G_5[30], P_5[62], G_5[62], G_6[62]);
    black_cell level_5_63(G_5[31], P_5[63], G_5[63], P_5[31], G_6[63], P_6[63]);

    /*Stage 7*/
    gray_cell level_7_63(cin, P_6[63], G_6[63], cout);

    assign sum[0] = cin    ^ P_0[0];
    assign sum[1] = G_1[0] ^ P_0[1];
    assign sum[2] = G_2[1] ^ P_0[2];
    assign sum[3] = G_2[2] ^ P_0[3];
    assign sum[4] = G_3[3] ^ P_0[4];
    assign sum[5] = G_3[4] ^ P_0[5];
    assign sum[6] = G_3[5] ^ P_0[6];
    assign sum[7] = G_3[6] ^ P_0[7];
    assign sum[8] = G_4[7] ^ P_0[8];
    assign sum[9] = G_4[8] ^ P_0[9];
    assign sum[10] = G_4[9] ^ P_0[10];
    assign sum[11] = G_4[10] ^ P_0[11];
    assign sum[12] = G_4[11] ^ P_0[12];
    assign sum[13] = G_4[12] ^ P_0[13];
    assign sum[14] = G_4[13] ^ P_0[14];
    assign sum[15] = G_4[14] ^ P_0[15];
    assign sum[16] = G_5[15] ^ P_0[16];
    assign sum[17] = G_5[16] ^ P_0[17];
    assign sum[18] = G_5[17] ^ P_0[18];
    assign sum[19] = G_5[18] ^ P_0[19];
    assign sum[20] = G_5[19] ^ P_0[20];
    assign sum[21] = G_5[20] ^ P_0[21];
    assign sum[22] = G_5[21] ^ P_0[22];
    assign sum[23] = G_5[22] ^ P_0[23];
    assign sum[24] = G_5[23] ^ P_0[24];
    assign sum[25] = G_5[24] ^ P_0[25];
    assign sum[26] = G_5[25] ^ P_0[26];
    assign sum[27] = G_5[26] ^ P_0[27];
    assign sum[28] = G_5[27] ^ P_0[28];
    assign sum[29] = G_5[28] ^ P_0[29];
    assign sum[30] = G_5[29] ^ P_0[30];
    assign sum[31] = G_5[30] ^ P_0[31];
    assign sum[32] = G_6[31] ^ P_0[32];
    assign sum[33] = G_6[32] ^ P_0[33];
    assign sum[34] = G_6[33] ^ P_0[34];
    assign sum[35] = G_6[34] ^ P_0[35];
    assign sum[36] = G_6[35] ^ P_0[36];
    assign sum[37] = G_6[36] ^ P_0[37];
    assign sum[38] = G_6[37] ^ P_0[38];
    assign sum[39] = G_6[38] ^ P_0[39];
    assign sum[40] = G_6[39] ^ P_0[40];
    assign sum[41] = G_6[40] ^ P_0[41];
    assign sum[42] = G_6[41] ^ P_0[42];
    assign sum[43] = G_6[42] ^ P_0[43];
    assign sum[44] = G_6[43] ^ P_0[44];
    assign sum[45] = G_6[44] ^ P_0[45];
    assign sum[46] = G_6[45] ^ P_0[46];
    assign sum[47] = G_6[46] ^ P_0[47];
    assign sum[48] = G_6[47] ^ P_0[48];
    assign sum[49] = G_6[48] ^ P_0[49];
    assign sum[50] = G_6[49] ^ P_0[50];
    assign sum[51] = G_6[50] ^ P_0[51];
    assign sum[52] = G_6[51] ^ P_0[52];
    assign sum[53] = G_6[52] ^ P_0[53];
    assign sum[54] = G_6[53] ^ P_0[54];
    assign sum[55] = G_6[54] ^ P_0[55];
    assign sum[56] = G_6[55] ^ P_0[56];
    assign sum[57] = G_6[56] ^ P_0[57];
    assign sum[58] = G_6[57] ^ P_0[58];
    assign sum[59] = G_6[58] ^ P_0[59];
    assign sum[60] = G_6[59] ^ P_0[60];
    assign sum[61] = G_6[60] ^ P_0[61];
    assign sum[62] = G_6[61] ^ P_0[62];
    assign sum[63] = G_6[62] ^ P_0[63];
endmodule

module gray_cell(Gk_j, Pi_k, Gi_k, G);
    input Gk_j, Pi_k, Gi_k;
    output G;
    wire Y;
    and(Y, Gk_j, Pi_k);
    or(G, Y, Gi_k);
endmodule

module black_cell(Gk_j, Pi_k, Gi_k, Pk_j, G, P);
    input Gk_j, Pi_k, Gi_k, Pk_j;
    output G, P;
    wire Y;
    and(Y, Gk_j, Pi_k);
    or(G, Gi_k, Y);
    and(P, Pk_j, Pi_k);
endmodule